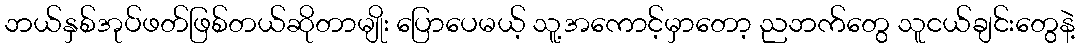
ဘယ်နှစ်အုပ်ဖတ်ဖြစ်တယ်ဆိုတာမျိုး ပြောပေမယ့် သူ့အကောင့်မှာတော့ ညဘက်တွေ သူငယ်ချင်းတွေနဲ့